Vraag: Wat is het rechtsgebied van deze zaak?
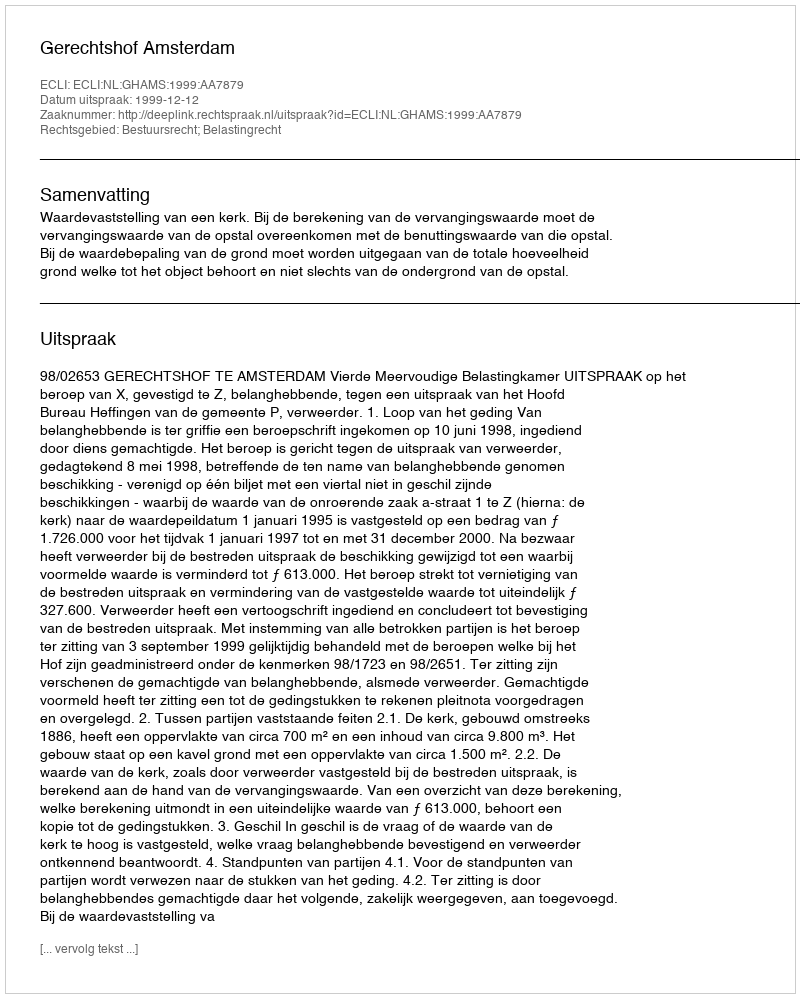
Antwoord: Bestuursrecht; Belastingrecht